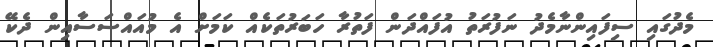
މެދުގައި ސިފައިންނާމެދު ނަފުރަތު އުފައްދަން ފަތުރާ ހަބަރުތަކެއް ކަމަށް އެ މުއައްސަސާއިން ދެކޭ